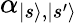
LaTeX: \mathbf{\alpha}_{|s\rangle,|s^{\prime}\rangle}